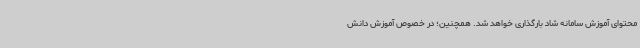
محتوای آموزش سامانه شاد بارگذاری خواهد شد. همچنین؛ در خصوص آموزش دانش